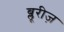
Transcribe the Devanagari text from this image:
ब्लूरीज़